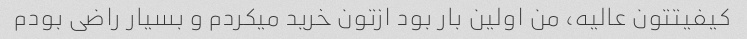
کیفیتتون عالیه، من اولین بار بود ازتون خرید میکردم و بسیار راضی بودم